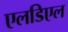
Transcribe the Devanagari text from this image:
एलडिएल